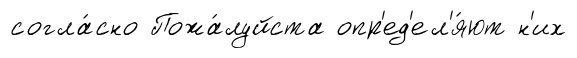
согла́сно Пожа́луйста опр'ед'ел'я́ют н'их